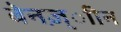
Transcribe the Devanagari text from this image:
बेनज़्ाीन